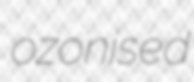
ozonised